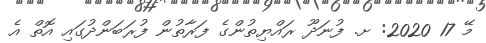
މޭ 17 2020: ށ. ފުނަދޫ ރައްޔިތުންގެ ފަރާތުން ފުރަބަންދުގައި އޮތް އެ